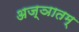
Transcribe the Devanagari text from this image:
अज्ञातम्‌